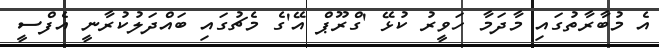
އެ މުބާރާތުގައި މާދަމާ ހަވީރު ކުޅޭ 'ގްރޫޕް އޭ'ގެ މެޗުގައި ބައްދަލުކުރާނީ އެފްސީ